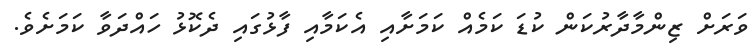
ވަރަށް ޒިންމާދާރުކަން ކުޑަ ކަމެއް ކަމަށާއި އެކަމާއި ފާޅުގައި ދެކޮޅު ހައްދަވާ ކަމަށެވެ.